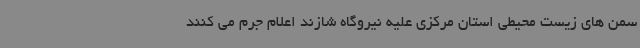
سمن های زیست محیطی استان مرکزی علیه نیروگاه شازند اعلام جرم می کنند